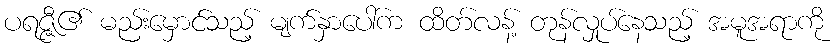
ပရဇ္ဇီ၏ မည်းမှောင်သည့် မျက်နှာပေါ်က ထိတ်လန့် တုန်လှုပ်နေသည့် အမူအရာကို